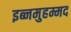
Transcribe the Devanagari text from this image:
इब्नमुहम्मद